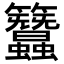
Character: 𥸢